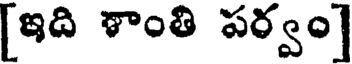
[ఇది శాంతి పర్వం]